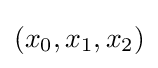
(x_{0},x_{1},x_{2})